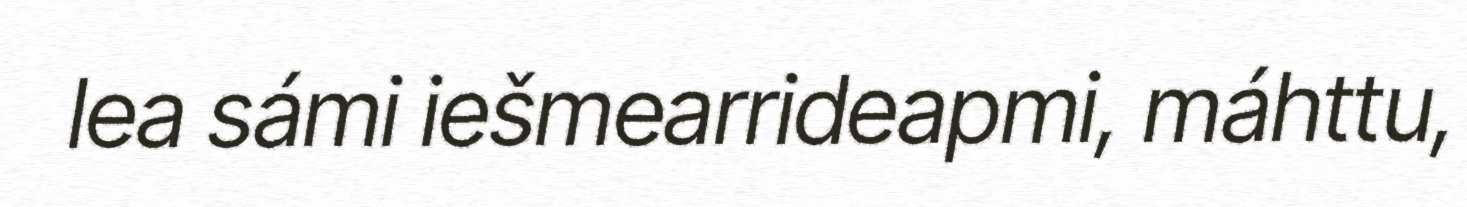
lea sámi iešmearrideapmi, máhttu,